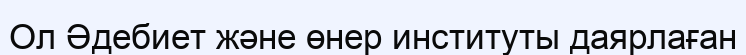
Ол Әдебиет және өнер институты даярлаған